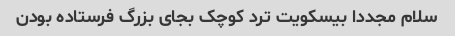
سلام مجددا بیسکویت ترد کوچک بجای بزرگ فرستاده بودن